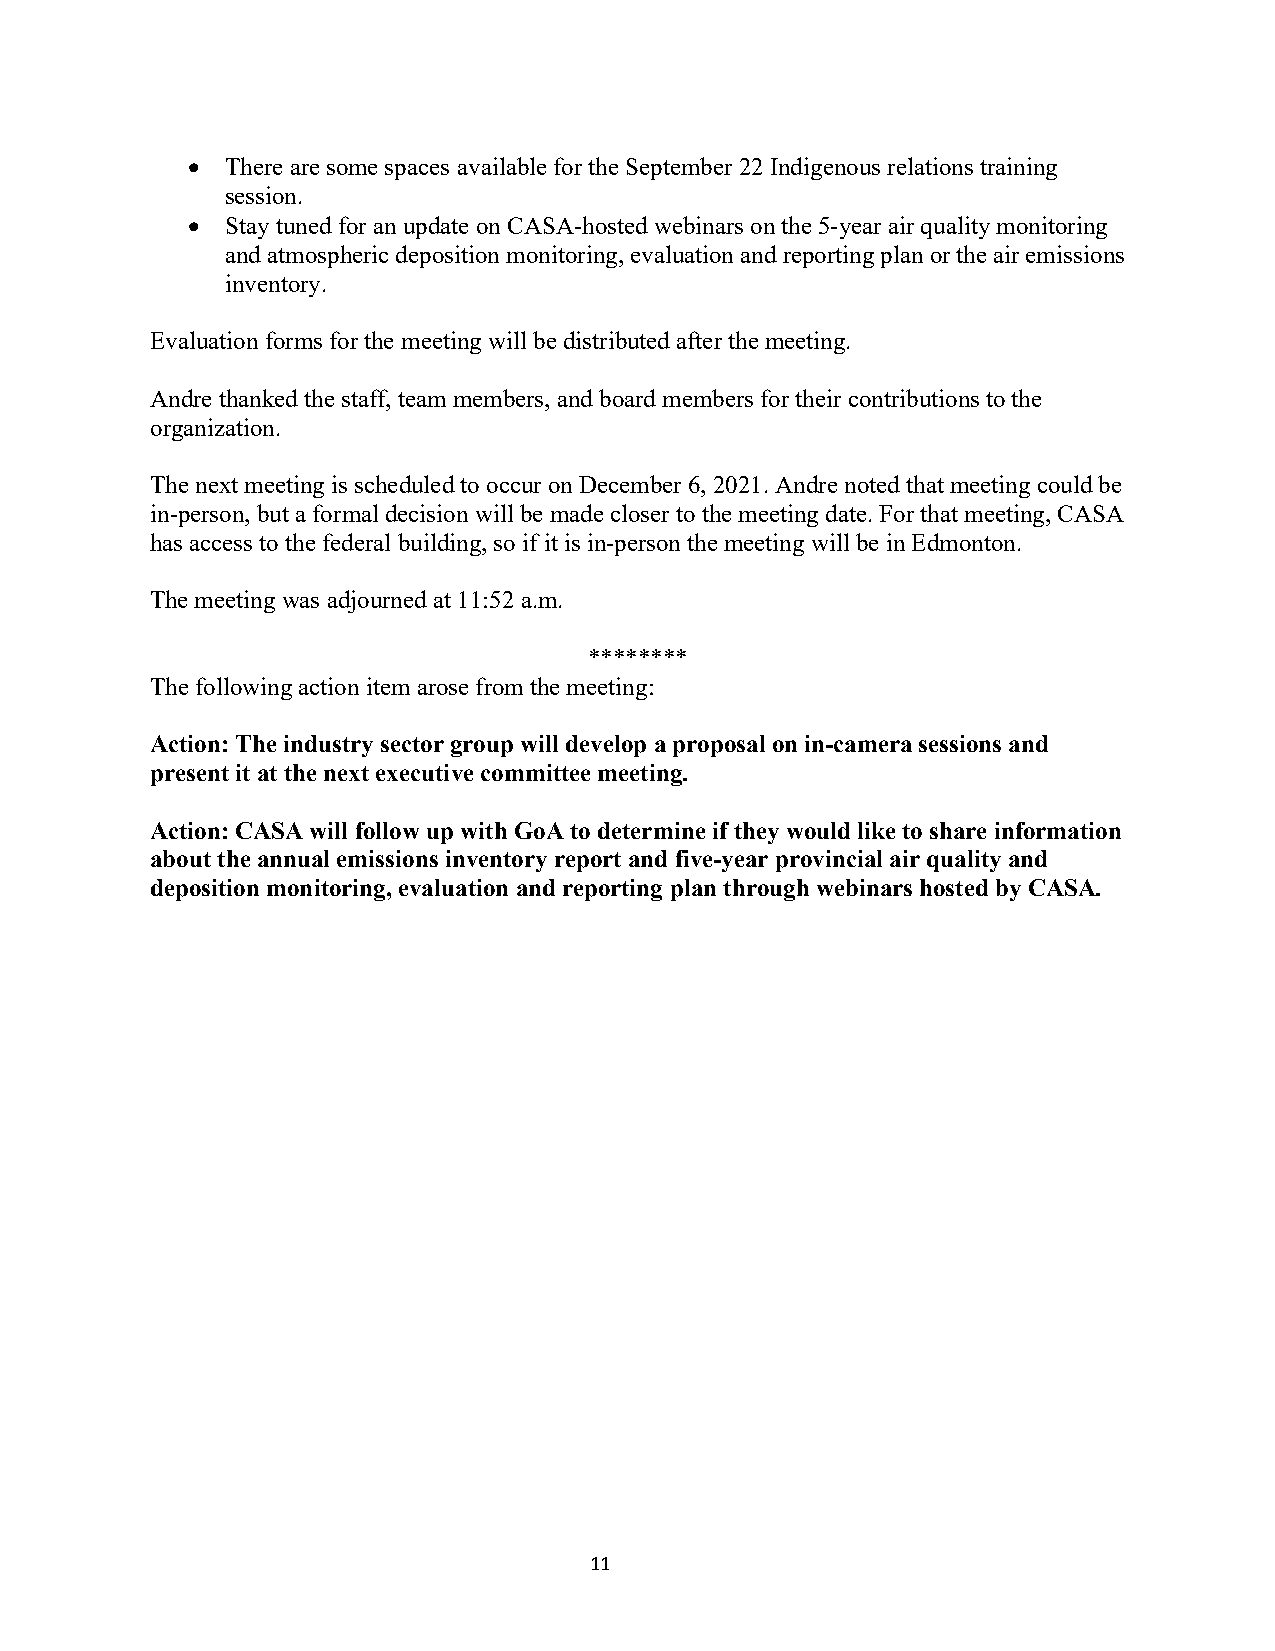
•  There are some spaces available for the September 22 Indigenous relations training
 session.
 •  Stay tuned for an update on CASA-hosted webinars on the 5-year air quality monitoring
 and atmospheric deposition monitoring, evaluation and reporting plan or the air emissions
 inventory.
 Evaluation forms for the meeting will be distributed after the meeting.
 Andre thanked the staff, team members, and board members for their contributions to the
 organization.
 The next meeting is scheduled to occur on December 6, 2021. Andre noted that meeting could be
 in-person, but a formal decision will be made closer to the meeting date. For that meeting, CASA
 has access to the federal building, so if it is in-person the meeting will be in Edmonton.
 The meeting was adjourned at 11:52 a.m.
 ********
 The following action item arose from the meeting:
 Action: The industry sector group will develop a proposal on in-camera sessions and
 present it at the next executive committee meeting.
 Action: CASA will follow up with GoA to determine if they would like to share information
 about the annual emissions inventory report and five-year provincial air quality and
 deposition monitoring, evaluation and reporting plan through webinars hosted by CASA.
 11